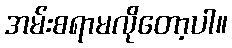
အမ်းစရာမလိုတော့ပါ။